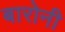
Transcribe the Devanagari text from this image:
बारोनी